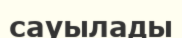
сауылады